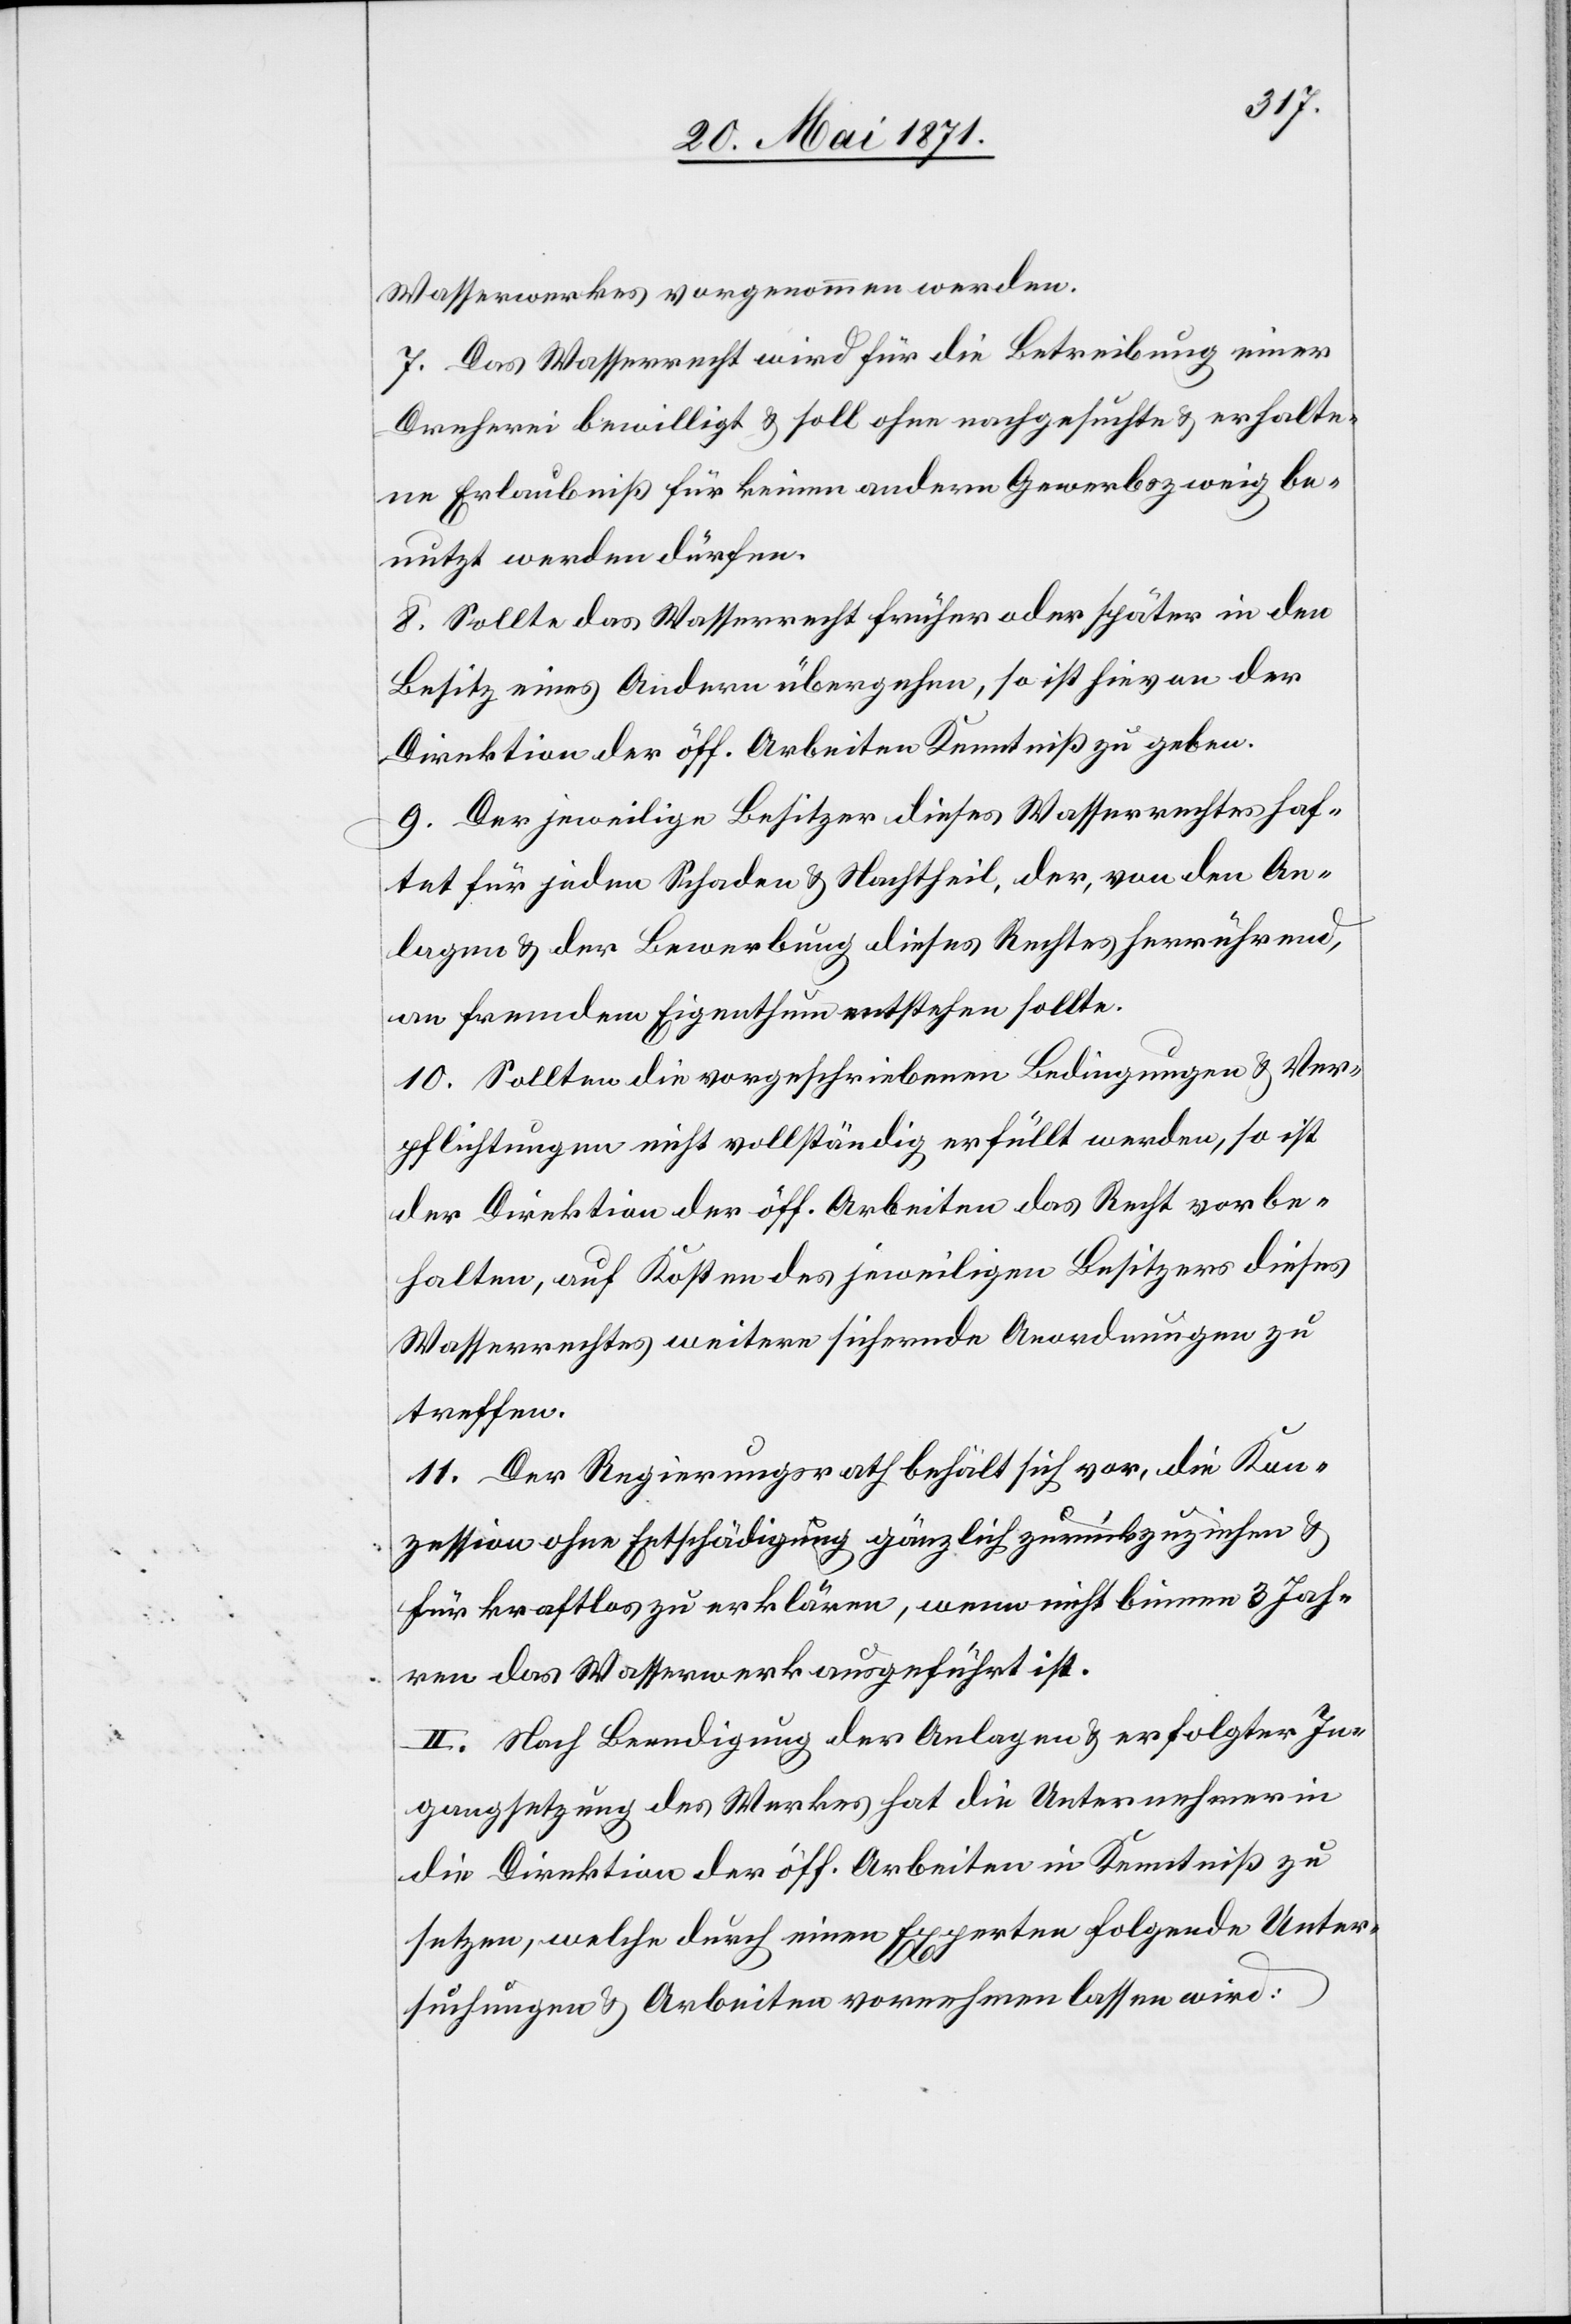
Wasserwerkes vorgenommen werden.
7. Das Wasserrecht wird für die Betreibung einer
Dreherei bewilligt u. soll ohne nachgesuchte u. erhalte¬
ne Erlaubniß für keinen andern Gewerbezweig be¬
nutzt werden dürfen.
8. Sollte das Wasserrecht früher oder später in den
Besitz eines Andern übergehen, so ist hievon der
Direktion der öff. Arbeiten Kenntniß zu geben.
9. Der jeweilige Besitzer dieses Wasserrechtes haf¬
tet für jeden Schaden u. Nachtheil, der, von den An¬
lagen u. der Bewerbung dieses Rechtes herrührend,
an fremdem Eigenthum entstehen sollte.
10. Sollten die vorgeschriebenen Bedingungen u. Ver¬
pflichtungen nicht vollständig erfüllt werden, so ist
der Direktion der öffentlichen Arbeiten das Recht vorbe¬
halten, auf Kosten des jeweiligen Besitzers dieses
Wasserrechtes weitere sichernde Anordnungen zu
treffen.
11. Der Regierungsrath behält sich vor, die Kon¬
zession ohne Entschädigung gänzlich zurückzuziehen u.
für kraftlos zu erklären, wenn nicht binnen 3 Jah¬
ren das Wasserwerk ausgeführt ist.
II. Nach Beendigung der Anlagen u. erfolgter In¬
gangsetzung des Werkes hat die Unternehmerin
die Direktion der öff. Arbeiten in Kenntniß zu
setzen, welche durch einen Experten folgende Unter¬
suchungen u. Arbeiten vornehmen lassen wird: